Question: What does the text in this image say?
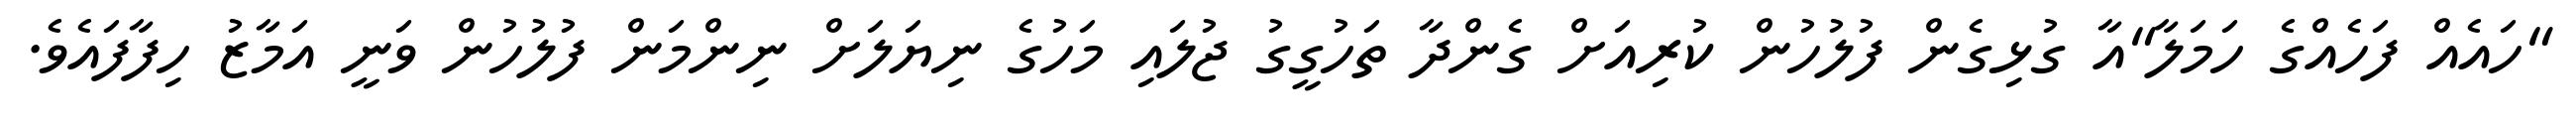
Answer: "ހައެއް ފަހެއްގެ ހަމަލާ"އާ ގުޅިގެން ފުލުހުން ކުރިއަށް ގެންދާ ތަހުގީގު ޖުލައި މަހުގެ ނިޔަލަށް ނިންމަން ފުލުހުން ވަނީ އަމާޒު ހިފާފައެވެ.